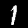
Digit: 1